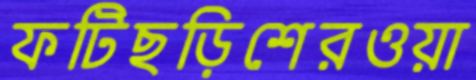
ফটিছড়িশেরওয়া